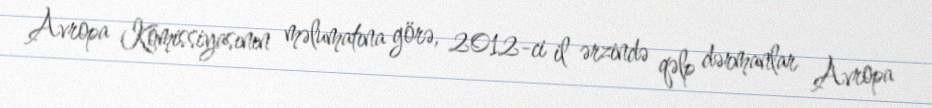
Avropa Komissiyasının məlumatına görə, 2012-ci il ərzində qəlp dərmanlar Avropa